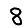
Digit: 8